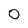
Character: O